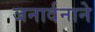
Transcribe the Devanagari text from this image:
जनार्दनाने